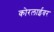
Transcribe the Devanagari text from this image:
कोरलाईवर